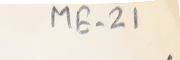
ME-21